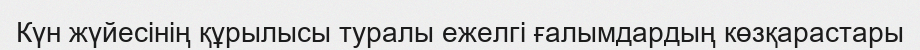
Күн жүйесінің құрылысы туралы ежелгі ғалымдардың көзқарастары